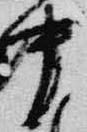
中